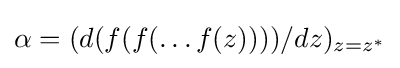
\alpha =(d(f(f(\dots f(z))))/dz)_{z=z^{*}}